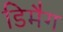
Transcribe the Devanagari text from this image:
डिमैग